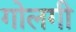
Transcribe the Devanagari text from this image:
गोलगी